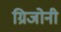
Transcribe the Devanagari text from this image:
ग्रिजोनी